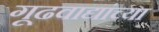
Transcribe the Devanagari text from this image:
गूढवाद्यांच्या